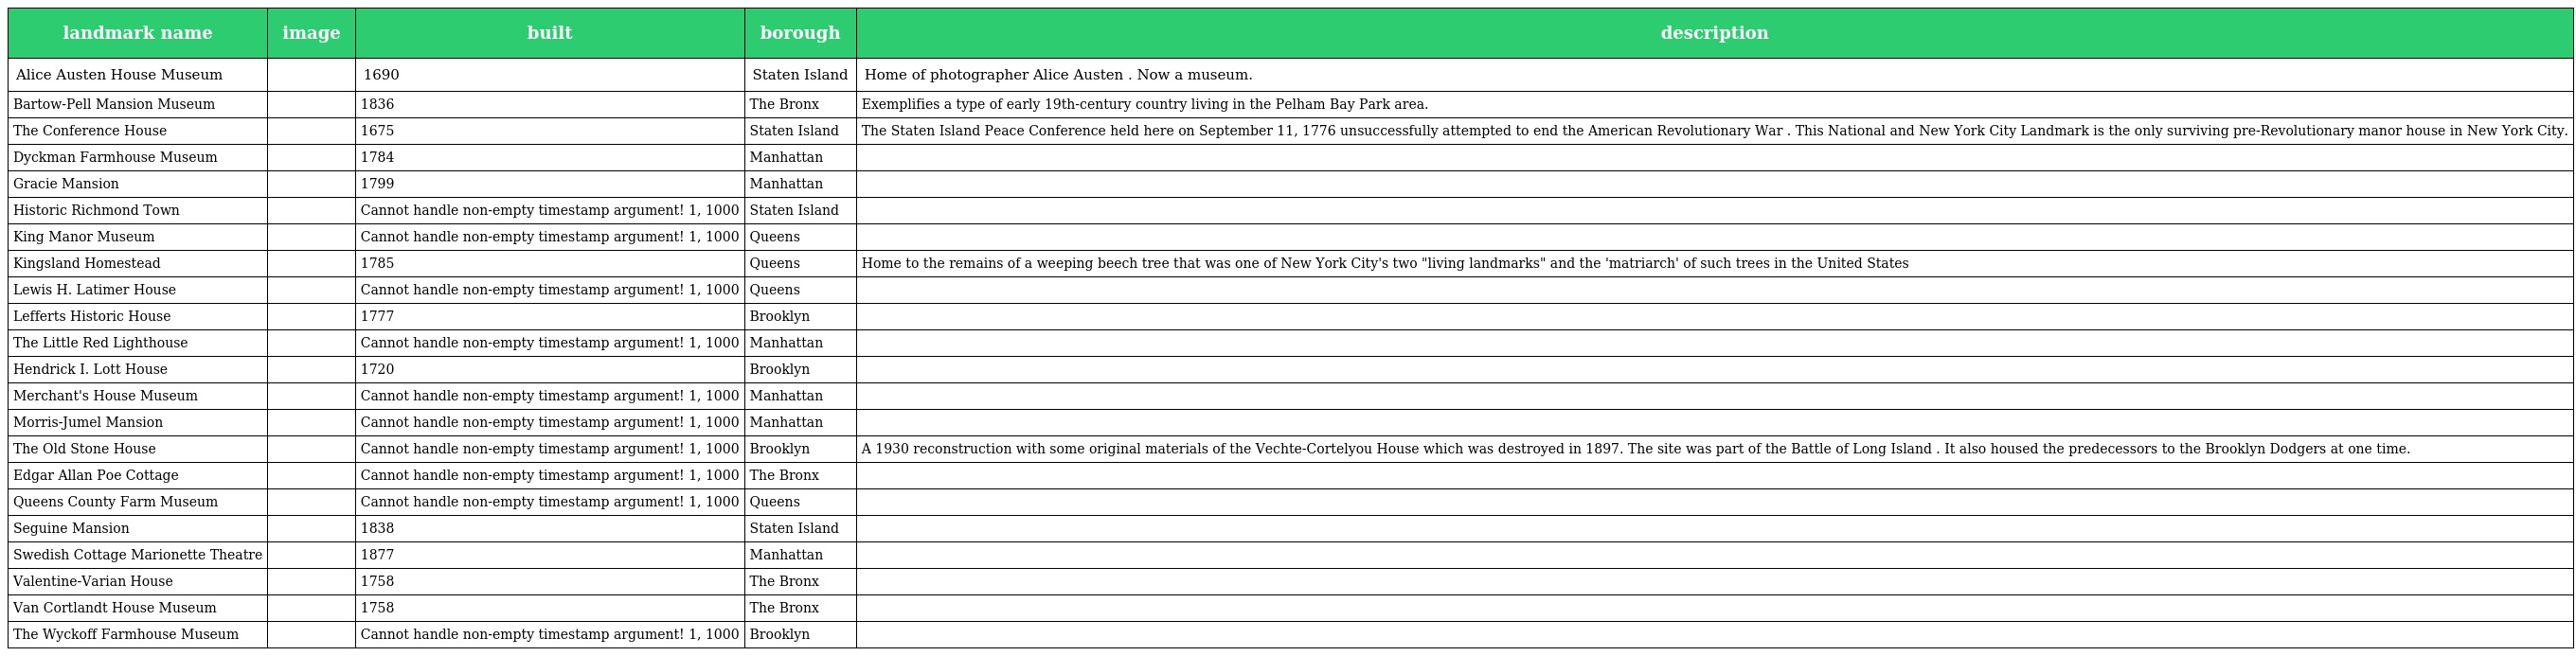
| landmark name | image | built | borough | description |
 | --- | --- | --- | --- | --- |
 | Alice Austen House Museum |  | 1690 | Staten Island | Home of photographer Alice Austen . Now a museum. |
 | Bartow-Pell Mansion Museum |  | 1836 | The Bronx | Exemplifies a type of early 19th-century country living in the Pelham Bay Park area. |
 | The Conference House |  | 1675 | Staten Island | The Staten Island Peace Conference held here on September 11, 1776 unsuccessfully attempted to end the American Revolutionary War . This National and New York City Landmark is the only surviving pre-Revolutionary manor house in New York City. |
 | Dyckman Farmhouse Museum |  | 1784 | Manhattan |  |
 | Gracie Mansion |  | 1799 | Manhattan |  |
 | Historic Richmond Town |  | Cannot handle non-empty timestamp argument! 1, 1000 | Staten Island |  |
 | King Manor Museum |  | Cannot handle non-empty timestamp argument! 1, 1000 | Queens |  |
 | Kingsland Homestead |  | 1785 | Queens | Home to the remains of a weeping beech tree that was one of New York City's two "living landmarks" and the 'matriarch' of such trees in the United States |
 | Lewis H. Latimer House |  | Cannot handle non-empty timestamp argument! 1, 1000 | Queens |  |
 | Lefferts Historic House |  | 1777 | Brooklyn |  |
 | The Little Red Lighthouse |  | Cannot handle non-empty timestamp argument! 1, 1000 | Manhattan |  |
 | Hendrick I. Lott House |  | 1720 | Brooklyn |  |
 | Merchant's House Museum |  | Cannot handle non-empty timestamp argument! 1, 1000 | Manhattan |  |
 | Morris-Jumel Mansion |  | Cannot handle non-empty timestamp argument! 1, 1000 | Manhattan |  |
 | The Old Stone House |  | Cannot handle non-empty timestamp argument! 1, 1000 | Brooklyn | A 1930 reconstruction with some original materials of the Vechte-Cortelyou House which was destroyed in 1897. The site was part of the Battle of Long Island . It also housed the predecessors to the Brooklyn Dodgers at one time. |
 | Edgar Allan Poe Cottage |  | Cannot handle non-empty timestamp argument! 1, 1000 | The Bronx |  |
 | Queens County Farm Museum |  | Cannot handle non-empty timestamp argument! 1, 1000 | Queens |  |
 | Seguine Mansion |  | 1838 | Staten Island |  |
 | Swedish Cottage Marionette Theatre |  | 1877 | Manhattan |  |
 | Valentine-Varian House |  | 1758 | The Bronx |  |
 | Van Cortlandt House Museum |  | 1758 | The Bronx |  |
 | The Wyckoff Farmhouse Museum |  | Cannot handle non-empty timestamp argument! 1, 1000 | Brooklyn |  |